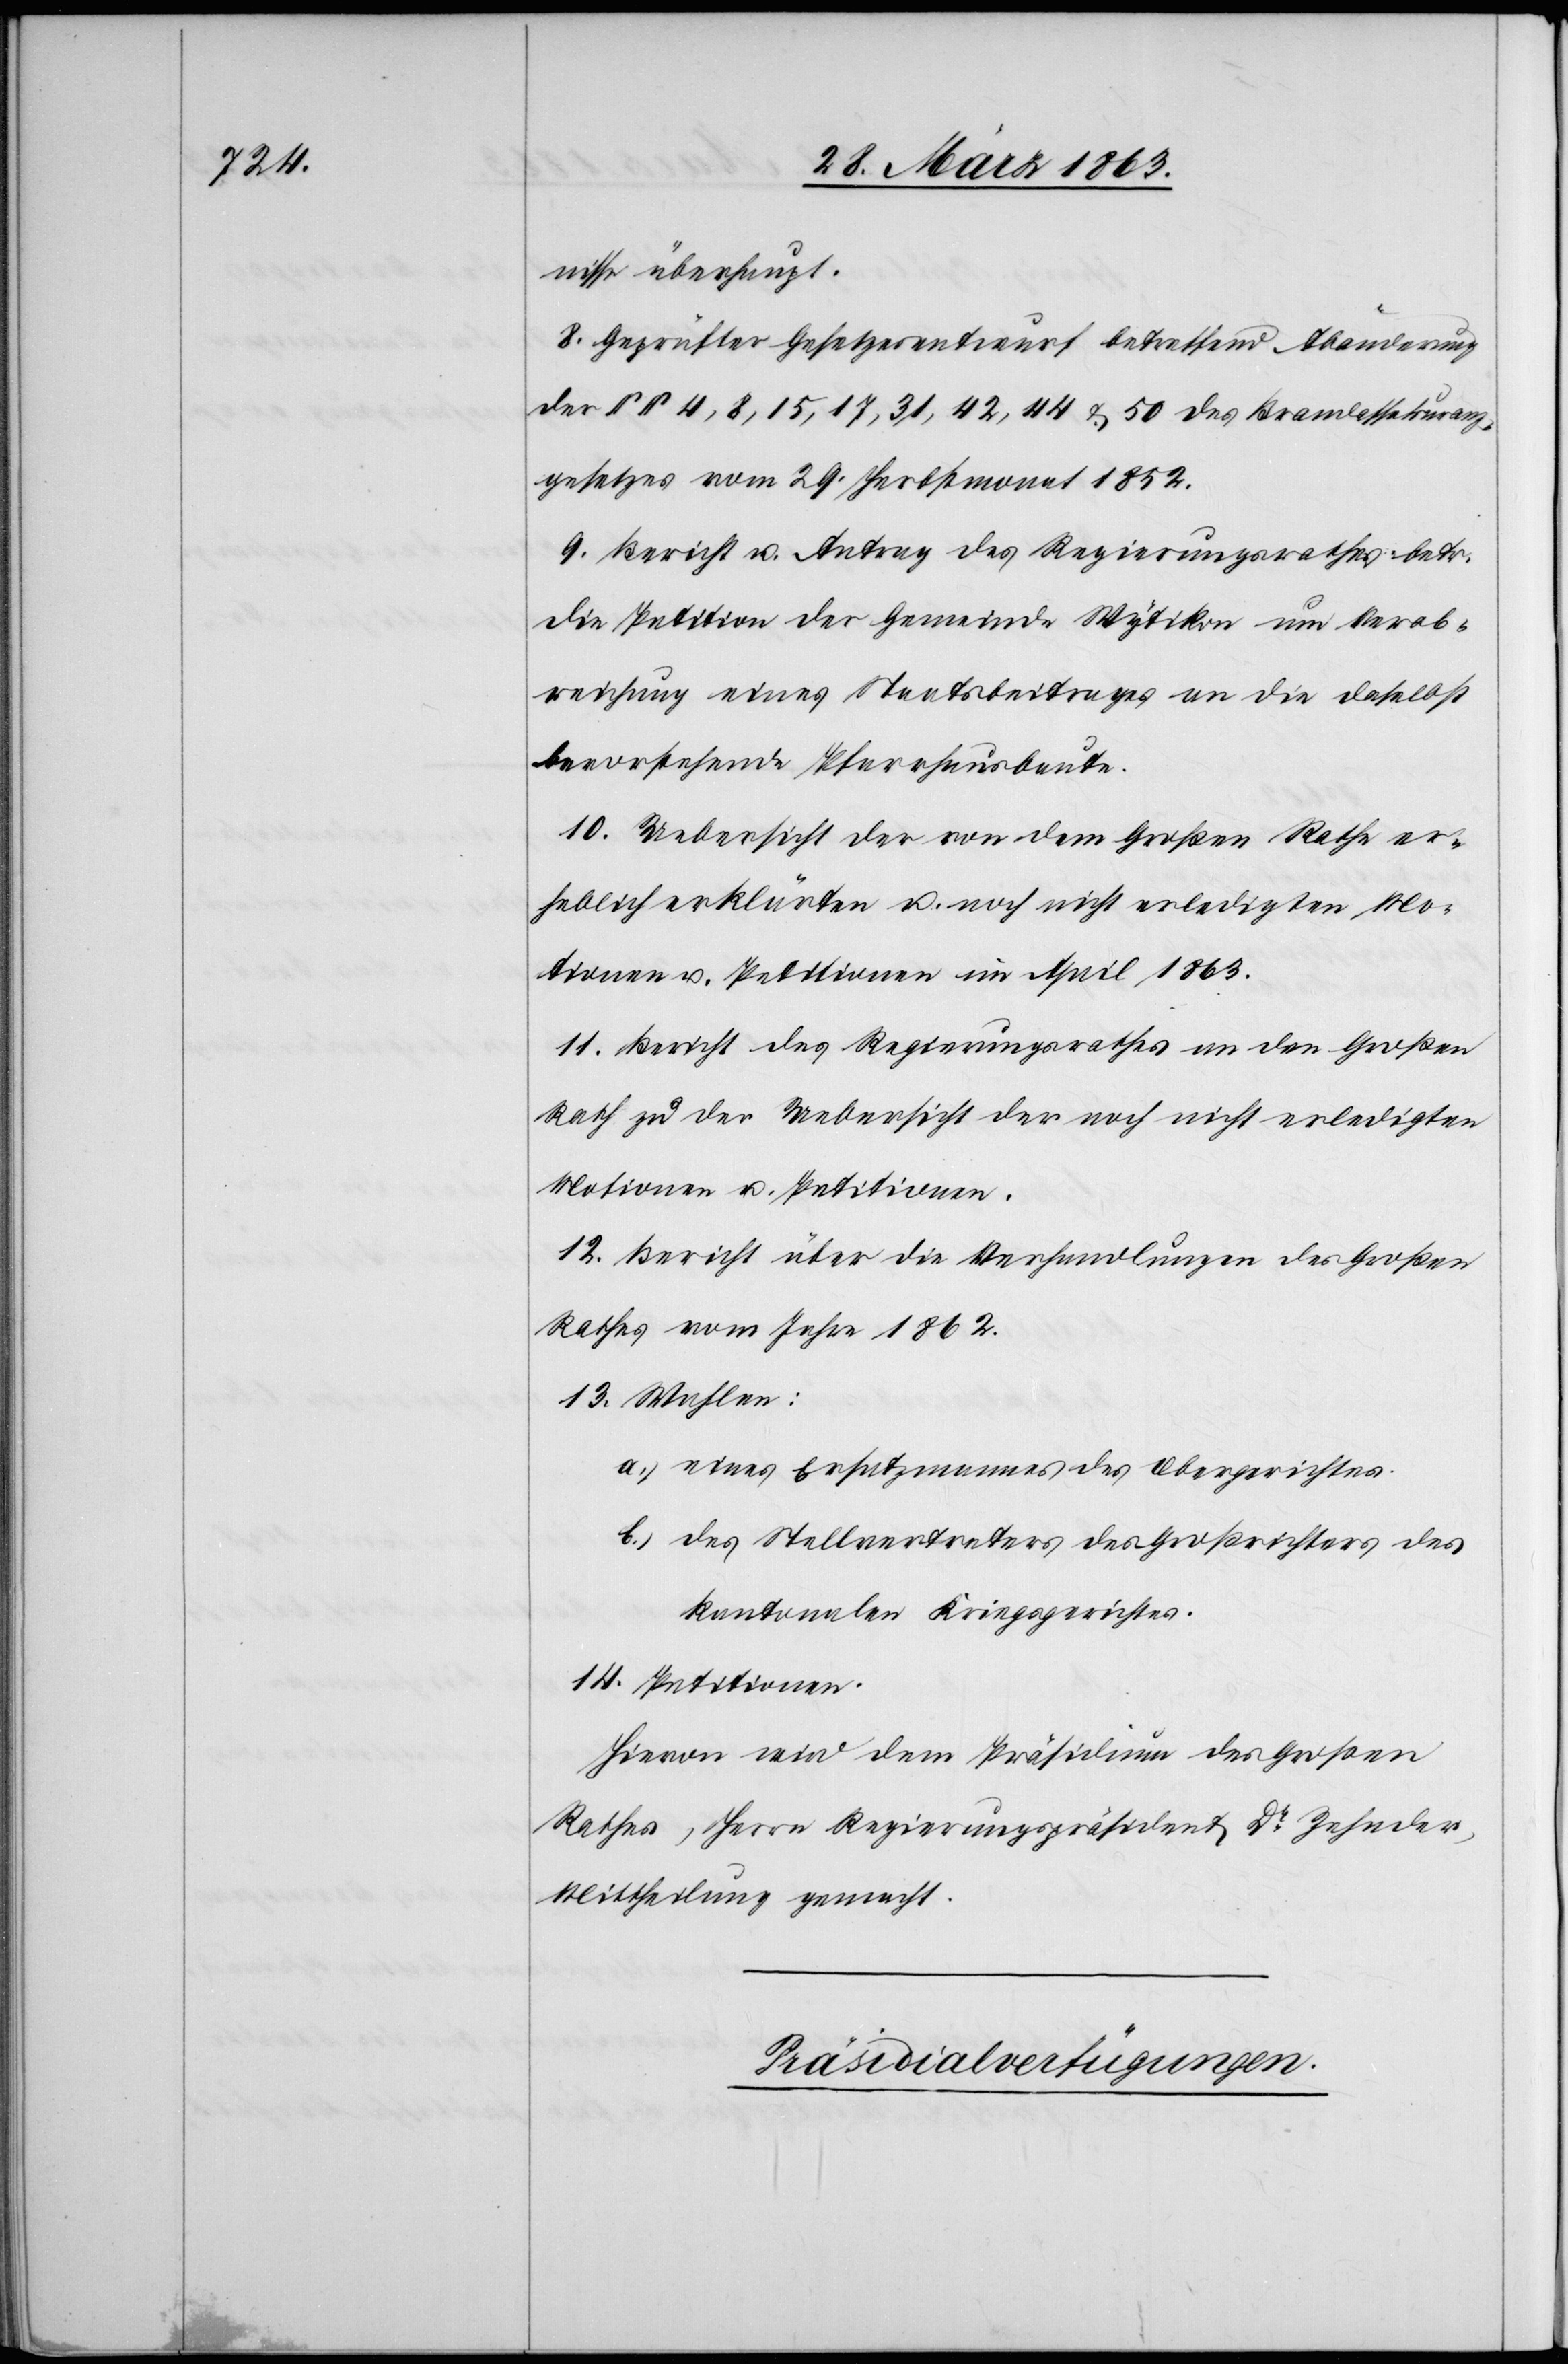
nisse überhaupt.
8. Geprüfter Gesetzesentwurf betreffend Abänderung
der §§ 4, 8, 15, 17, 31, 42, 44 & 50 des Brandassekuranz¬
gesetzes vom 29. Herbstmonat 1852.
9. Bericht u. Antrag des Regierungsrathes betr.
die Petition der Gemeinde Wytikon um Verab¬
reichung eines Staatsbeitrages an die daselbst
bevorstehende Pfarrhausbaute.
10. Uebersicht der von dem Großen Rathe er¬
heblich erklärten u. noch nicht erledigten Mo¬
tionen u. Petitionen im April 1863.
11. Bericht des Regierungsrathes an den Großen
Rath zu der Uebersicht der noch nicht erledigten
Motionen u. Petitionen.
12. Bericht über die Verhandlungen des Großen
Rathes vom Jahre 1862.
13. Wahlen:
a.) eines Ersatzmannes des Obergerichtes.
b.) des Stellvertreters des Großrichters des
kantonalen Kriegsgerichtes.
14. Petitionen.
Hievon wird dem Präsidium des Großen
Rathes, Herrn Regierungspräsident Dr Zehnder,
Mittheilung gemacht.